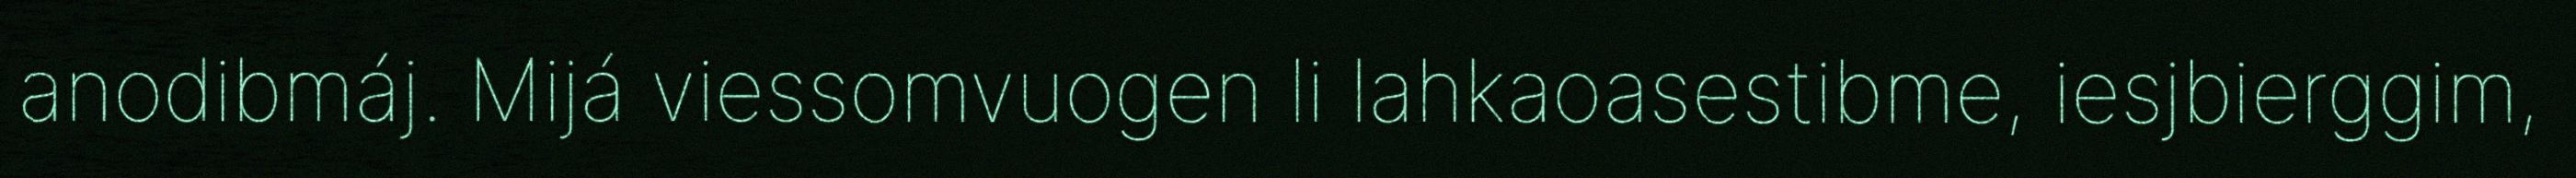
anodibmáj. Mijá viessomvuogen li lahkaoasestibme, iesjbierggim,